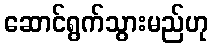
ဆောင်ရွက်သွားမည်ဟု